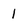
Character: I